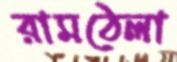
রামঠেলা